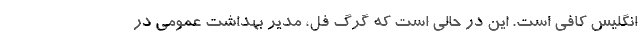
انگلیس کافی است. این در حالی است که گرگ فل، مدیر بهداشت عمومی در